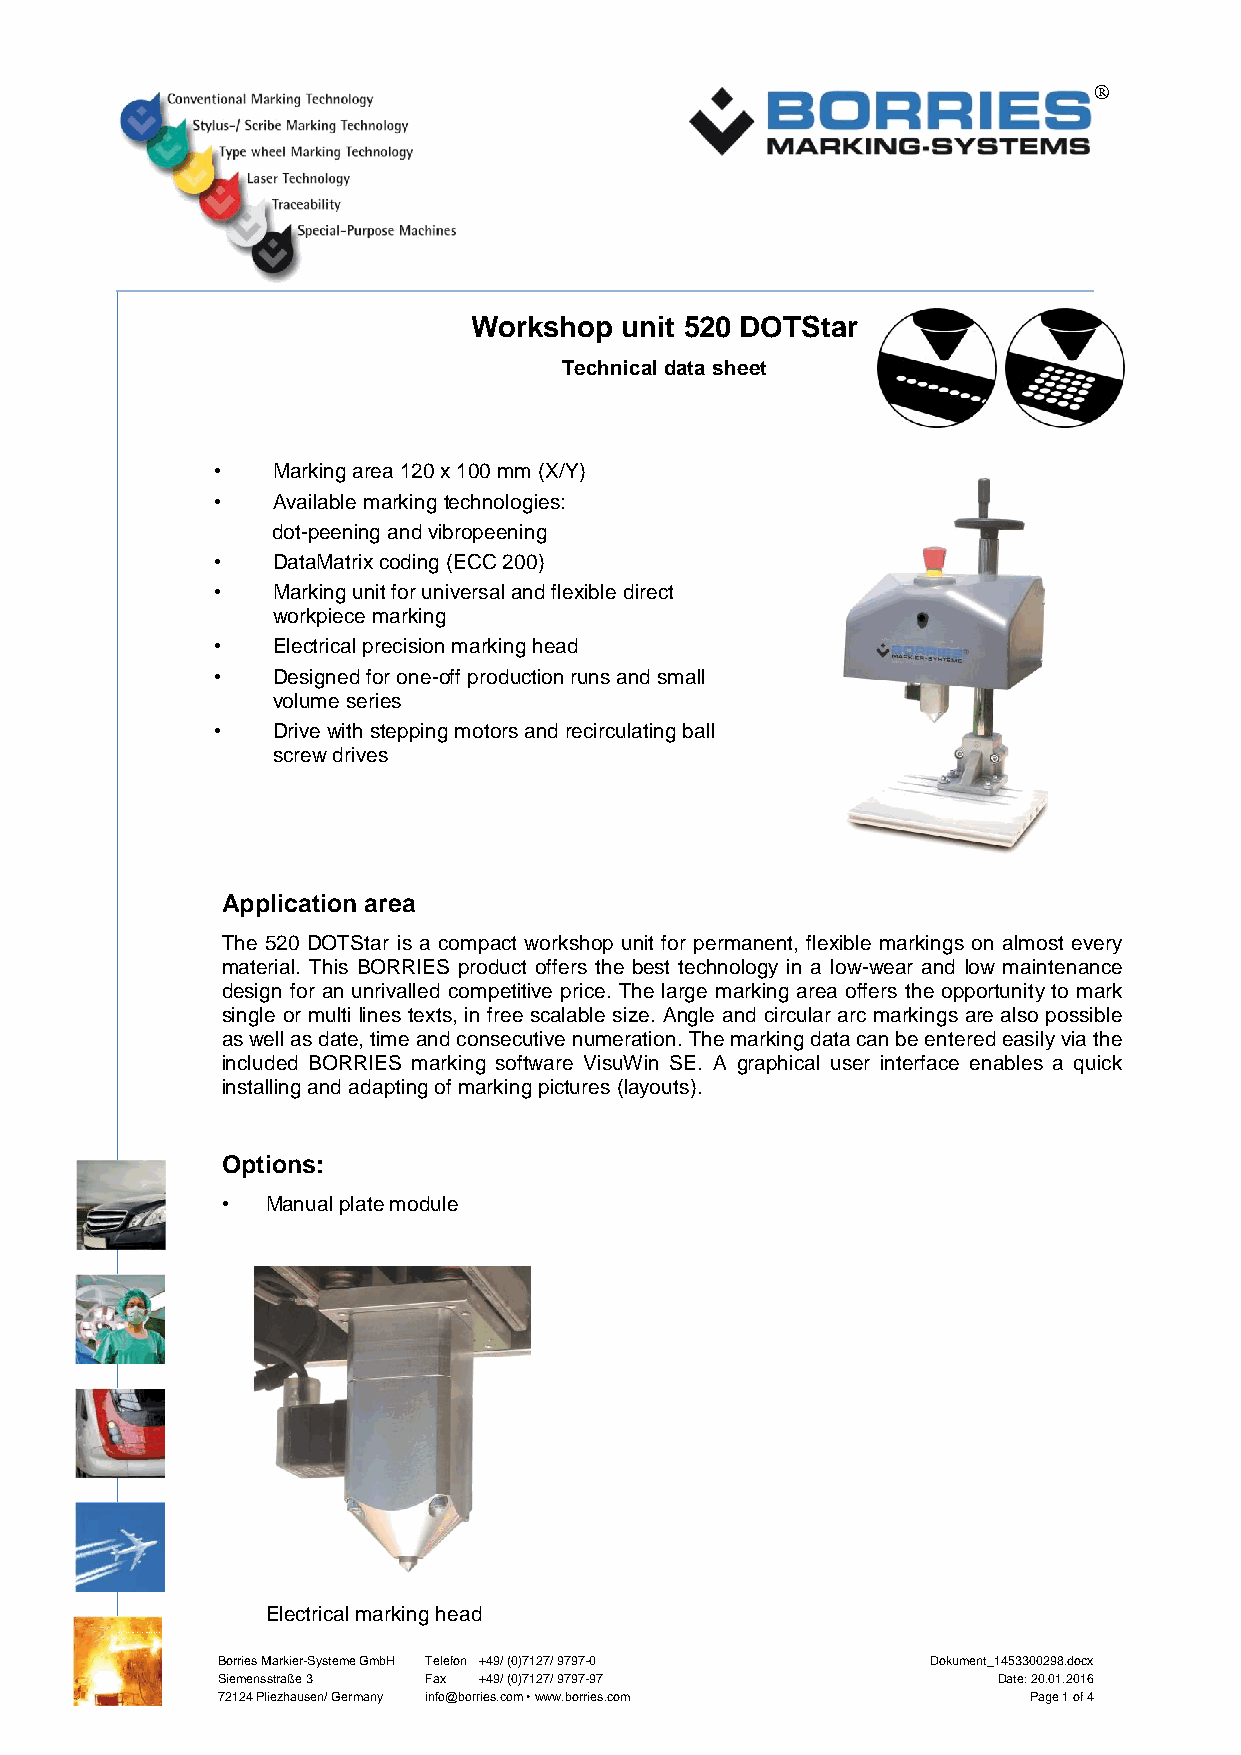
®
 P os: 2 /Vertrieb/Technische Datenblätter/Ritz-/ Nadel-Prägetechnik/520/520 Anlage/1_Überschrift @ 1\mod_1410521589627_514.docx @ 20660 @ 12 @ 1
 Workshop  unit 520 DOTStar
 Technical data sheet
 •   Marking area 120 x 100 mm (X/Y)
 •   Available marking technologies:
 dot-peening and vibropeening
 •   DataMatrix coding (ECC 200)
 •   Marking unit for universal and flexible direct
 workpiece marking
 •   Electrical precision marking head
 •   Designed for one-off production runs and small
 volume series
 •   Drive with stepping motors and recirculating ball
 screw drives
 P os: 3 /Vertrieb/Technische Datenblätter/Ritz-/ Nadel-Prägetechnik/520/520 Anlage/2_Einsatzbereich @ 1\mod_1410522431003_514.docx @ 20675 @ 3 @ 1
 Application area
 The 520 DOTStar is a compact workshop unit for permanent, flexible markings on almost every
 material. This BORRIES product offers the best technology in a low-wear and low maintenance
 design for an unrivalled competitive price. The large marking area offers the opportunity to mark
 single or multi lines texts, in free scalable size. Angle and circular arc markings are also possible
 as well as date, time and consecutive numeration. The marking data can be entered easily via the
 included BORRIES marking software VisuWin SE. A graphical user interface enables a quick
 installing and adapting of marking pictures (layouts).
 Pos: 4 /Vertrieb/Technische Datenblätter/Ritz-/ Nadel-Prägetechnik/520/520 Anlage/3_Optionen @ 3\mod_1437554580279_514.docx @ 36801 @ 3 @ 1
 Options:
 •  Manual plate module
 Electrical marking head
 P os: 5 /Vertrieb/Technische Datenblätter/Ritz-/ Nadel-Prägetechnik/520/520 Anlage/4_Technisc he Daten @ 1\mod_1410523554857_514.docx @ 20690 @ 3 @ 1
 Borries Markier-Systeme GmbH Telefon +49/ (0)7127/ 9797-0 Dokument_1453300298.docx
 Siemensstraße 3 Fax +49/ (0)7127/ 9797-97           Date: 20.01.2016
 72124 Pliezhausen/ Germany info@borries.com • www.borries.com Page 1 of 4